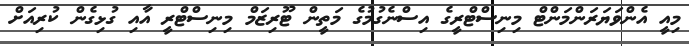
މިއީ އެންވަޔަރަންމަންޓް މިނިސްޓްރީގެ އިސްނެގުމުގެ މަތީން ޓޫރިޒަމް މިނިސްޓްރީ އާއި ގުޅިގެން ކުރިއަށް